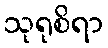
သုရုစိရာ